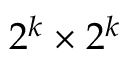
2 ^ { k } \times 2 ^ { k }